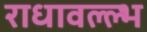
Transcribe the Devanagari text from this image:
राधावल्ल्भ